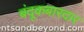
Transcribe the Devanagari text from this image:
बंदूकबारदार